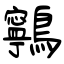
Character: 鸋